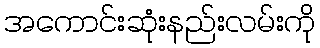
အကောင်းဆုံးနည်းလမ်းကို